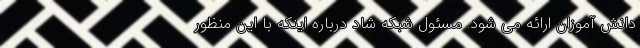
دانش آموزان ارائه می شود. مسئول شبکه شاد درباره اینکه با این منظور